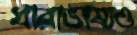
ধারাভাষ্যও